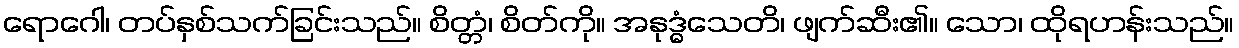
ရောဂေါ၊ တပ်နှစ်သက်ခြင်းသည်။ စိတ္တံ၊ စိတ်ကို။ အနုဒ္ဓံသေတိ၊ ဖျက်ဆီး၏။ သော၊ ထိုရဟန်းသည်။